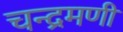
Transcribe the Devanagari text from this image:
चन्द्रमणी